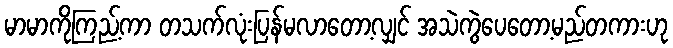
မာမာကိုကြည့်ကာ တသက်လုံးပြန်မလာတော့လျှင် အသဲကွဲပေတော့မည်တကားဟု